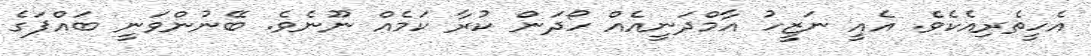
އެހީތެރިއެކެވެ. އެއީ ނަޒީހު އާމްދަނީއެއް ހޯދަން ކުރާ ކަމެއް ނޫނެވެ. ބޭނުންވަނީ ބައްޕަގެ